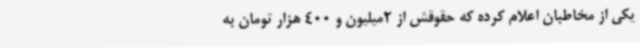
یکی از مخاطبان اعلام کرده که حقوقش از 2میلیون و 400 هزار تومان به